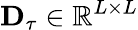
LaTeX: \textbf{D}_{\mathbf{\tau}}\in\mathbb{R}^{L\times L}